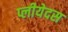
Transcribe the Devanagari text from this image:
प्लीयेदस